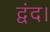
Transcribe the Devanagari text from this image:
द्वंद।